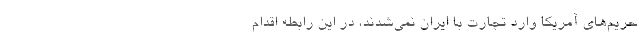
حریم‌های آمریکا وارد تجارت با ایران نمی‌شدند، در این رابطه اقدام